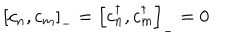
LaTeX: \left[ c _ { n } , c _ { m } \right] _ { - } = \left[ c _ { n } ^ { \dagger } , c _ { m } ^ { \dagger } \right] _ { - } = 0